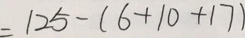
= 1 2 5 - ( 6 + 1 0 + 1 7 )